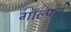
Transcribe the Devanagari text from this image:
गॉल्फर